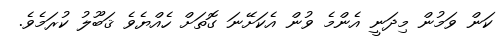
ކަން ވަމުން މިދަނީ އެންމެ ވުން އެކަށޭނަ ގޮތަަށް ހެއްޔެވެ ޤަބޫލު ކުރަމެވެ.